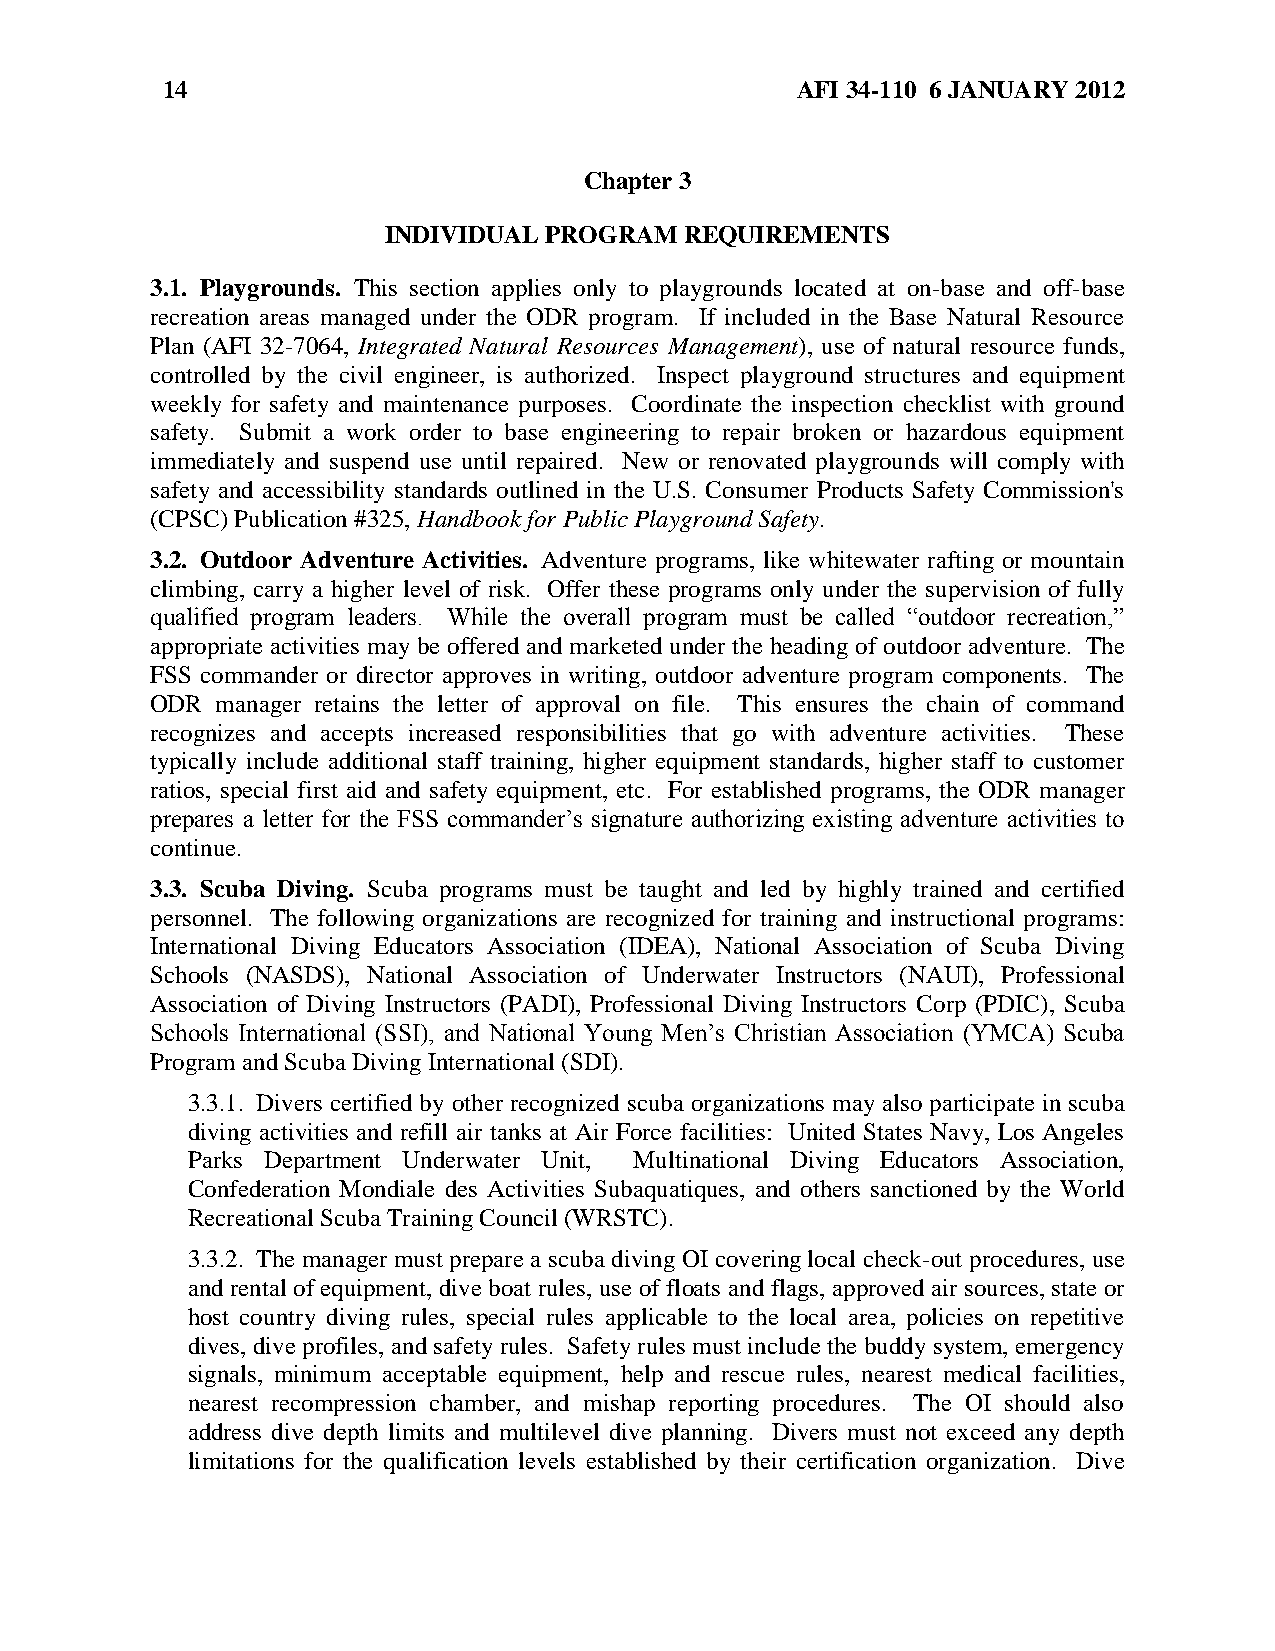
14                                        AFI 34-110 6 JANUARY 2012
 Chapter 3
 INDIVIDUAL PROGRAM REQUIREMENTS
 3.1. Playgrounds. This section applies only to playgrounds located at on-base and off-base
 recreation areas managed under the ODR program. If included in the Base Natural Resource
 Plan (AFI 32-7064, Integrated Natural Resources Management), use of natural resource funds,
 controlled by the civil engineer, is authorized. Inspect playground structures and equipment
 weekly for safety and maintenance purposes. Coordinate the inspection checklist with ground
 safety. Submit a work order to base engineering to repair broken or hazardous equipment
 immediately and suspend use until repaired. New or renovated playgrounds will comply with
 safety and accessibility standards outlined in the U.S. Consumer Products Safety Commission's
 (CPSC) Publication #325, Handbook for Public Playground Safety.
 3.2. Outdoor Adventure Activities. Adventure programs, like whitewater rafting or mountain
 climbing, carry a higher level of risk. Offer these programs only under the supervision of fully
 qualified program leaders. While the overall program must be called ―outdoor recreation,‖
 appropriate activities may be offered and marketed under the heading of outdoor adventure. The
 FSS commander or director approves in writing, outdoor adventure program components. The
 ODR manager retains the letter of approval on file. This ensures the chain of command
 recognizes and accepts increased responsibilities that go with adventure activities. These
 typically include additional staff training, higher equipment standards, higher staff to customer
 ratios, special first aid and safety equipment, etc. For established programs, the ODR manager
 prepares a letter for the FSS commander’s signature authorizing existing adventure activities to
 continue.
 3.3. Scuba Diving. Scuba programs must be taught and led by highly trained and certified
 personnel. The following organizations are recognized for training and instructional programs:
 International Diving Educators Association (IDEA), National Association of Scuba Diving
 Schools (NASDS), National Association of Underwater Instructors (NAUI), Professional
 Association of Diving Instructors (PADI), Professional Diving Instructors Corp (PDIC), Scuba
 Schools International (SSI), and National Young Men’s Christian Association (YMCA) Scuba
 Program and Scuba Diving International (SDI).
 3.3.1. Divers certified by other recognized scuba organizations may also participate in scuba
 diving activities and refill air tanks at Air Force facilities: United States Navy, Los Angeles
 Parks Department Underwater Unit, Multinational Diving Educators Association,
 Confederation Mondiale des Activities Subaquatiques, and others sanctioned by the World
 Recreational Scuba Training Council (WRSTC).
 3.3.2. The manager must prepare a scuba diving OI covering local check-out procedures, use
 and rental of equipment, dive boat rules, use of floats and flags, approved air sources, state or
 host country diving rules, special rules applicable to the local area, policies on repetitive
 dives, dive profiles, and safety rules. Safety rules must include the buddy system, emergency
 signals, minimum acceptable equipment, help and rescue rules, nearest medical facilities,
 nearest recompression chamber, and mishap reporting procedures. The OI should also
 address dive depth limits and multilevel dive planning. Divers must not exceed any depth
 limitations for the qualification levels established by their certification organization. Dive